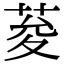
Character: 荾